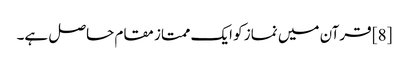
[8] قرآن میں نماز کو ایک ممتاز مقام حاصل ہے۔